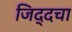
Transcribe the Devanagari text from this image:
जिद्दचा